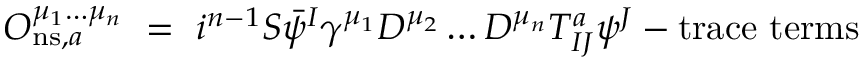
{ \cal O } _ { \mathrm { \footnotesize { n s } } , a } ^ { \mu _ { 1 } \ldots \mu _ { n } } ~ = ~ i ^ { n - 1 } { \cal S } \bar { \psi } ^ { I } \gamma ^ { \mu _ { 1 } } D ^ { \mu _ { 2 } } \ldots D ^ { \mu _ { n } } T _ { I J } ^ { a } \psi ^ { J } - \mathrm { t r a c e ~ t e r m s }